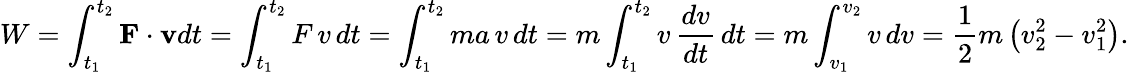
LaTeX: W=\int_{t_{1}}^{t_{2}}\mathbf{F}\cdot\mathbf{v}dt=\int_{t_{1}}^{t_{2}}F\, v\, dt=\int_{t_{1}}^{t_{2}}ma\, v\, dt=m\int_{t_{1}}^{t_{2}}v\, {\frac{dv}{dt}}\, dt=m\int_{v_{1}}^{v_{2}}v\, dv={\frac{1}{2}}m\left(v_{2}^{2}-v_{1}^{2}\right).